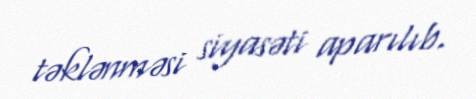
təklənməsi siyasəti aparılıb.